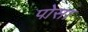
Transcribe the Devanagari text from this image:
पोसा